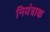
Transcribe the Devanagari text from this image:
नियंत्राक